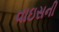
વાઇસની